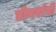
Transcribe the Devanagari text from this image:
डोगरांनी